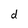
Character: d